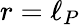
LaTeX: r=\ell_{P}